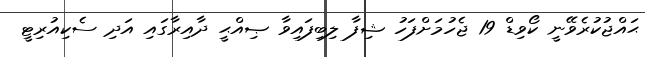
ޙައްޖުކުރެވޭނީ ކޯވިޑް 19 ޖެހުމަށްފަހު ޝިފާ ލިބިފައިވާ ޞިއްޙީ ދާއިރާގައި އަދި ސެކިއުރިޓީ